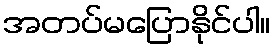
အတပ်မပြောနိုင်ပါ။